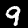
Label: 9